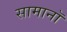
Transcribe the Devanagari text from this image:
सामानॉ